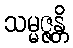
သမ္မဇ္ဇန္တိ